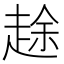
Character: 䞮